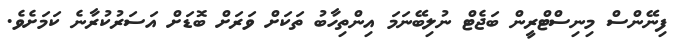
ފިނޭންސް މިނިސްޓްރީން ބަޖެޓް ނުލިބޭނަމަ އިންތިހާބު ތަކަށް ވަރަށް ބޮޑަށް އަސަރުކުރާނެ ކަމަށެވެ.